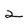
Character: 2